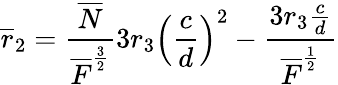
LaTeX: \overline{{{r}}}_{2}=\frac{\overline{{{N}}}}{\overline{{{F}}}^{\frac{3}{2}}}3r_{3}\left(\frac{c}{d}\right)^{2}-\frac{3r_{3}\frac{c}{d}}{\overline{{{F}}}^{\frac{1}{2}}}